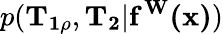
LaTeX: p(\mathbf{T_{1\rho}},\mathbf{T_{2}}|\mathbf{f^{W}(x)})